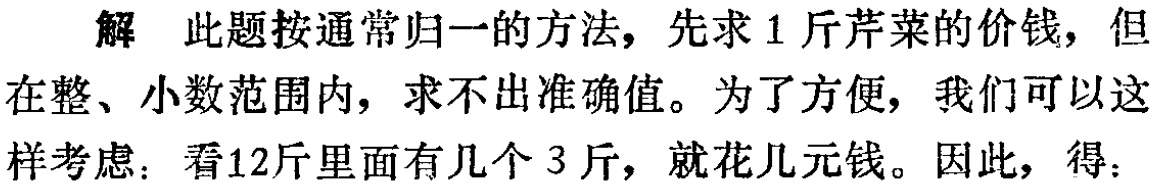
解 此题按通常归一的方法，先求1斤芹菜的价钱，但在整、小数范围内，求不出准确值。为了方便，我们可以这样考虑：看12斤里面有几个3斤，就花几元钱。因此，得：